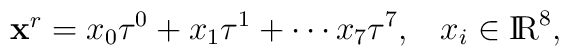
\mbox{{\bf x$^r$}} = x_0\tau^0 + x_1 \tau^1 + \cdots x_7 \tau^7, \;\;\; x_i \in  \mbox{I$\!$R}^8,